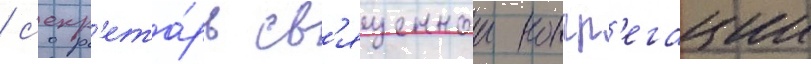
/ с'екр'ета́рь св'ященнои конгр'егации